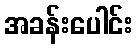
အခန်းပေါင်း